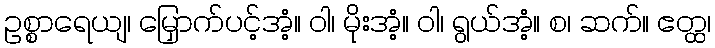
ဥစ္စာရေယျ၊ မြှောက်ပင့်အံ့။ ဝါ၊ မိုးအံ့။ ဝါ၊ ရွယ်အံ့။ စ၊ ဆက်။ ဧတ္ထ၊